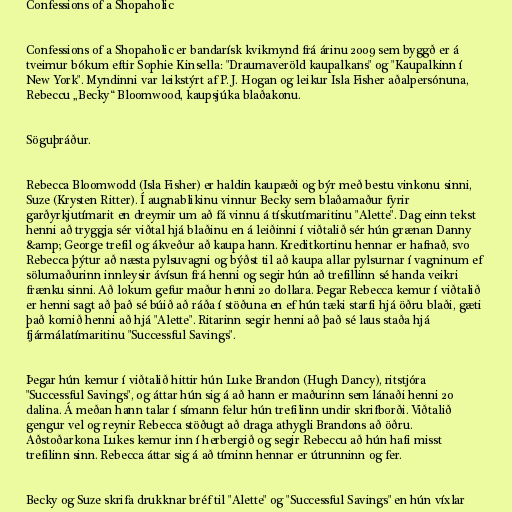
Confessions of a Shopaholic

Confessions of a Shopaholic er bandarísk kvikmynd frá árinu 2009 sem byggð er á
tveimur bókum eftir Sophie Kinsella: "Draumaveröld kaupalkans" og "Kaupalkinn í
New York". Myndinni var leikstýrt af P. J. Hogan og leikur Isla Fisher aðalpersónuna,
Rebeccu „Becky“ Bloomwood, kaupsjúka blaðakonu.

Söguþráður.

Rebecca Bloomwodd (Isla Fisher) er haldin kaupæði og býr með bestu vinkonu sinni,
Suze (Krysten Ritter). Í augnablikinu vinnur Becky sem blaðamaður fyrir
garðyrkjutímarit en dreymir um að fá vinnu á tískutímaritinu "Alette". Dag einn tekst
henni að tryggja sér viðtal hjá blaðinu en á leiðinni í viðtalið sér hún grænan Danny
&amp; George trefil og ákveður að kaupa hann. Kreditkortinu hennar er hafnað, svo
Rebecca þýtur að næsta pylsuvagni og býðst til að kaupa allar pylsurnar í vagninum ef
sölumaðurinn innleysir ávísun frá henni og segir hún að trefillinn sé handa veikri
frænku sinni. Að lokum gefur maður henni 20 dollara. Þegar Rebecca kemur í viðtalið
er henni sagt að það sé búið að ráða í stöðuna en ef hún tæki starfi hjá öðru blaði, gæti
það komið henni að hjá "Alette". Ritarinn segir henni að það sé laus staða hjá
fjármálatímaritinu "Successful Savings".

Þegar hún kemur í viðtalið hittir hún Luke Brandon (Hugh Dancy), ritstjóra
"Successful Savings", og áttar hún sig á að hann er maðurinn sem lánaði henni 20
dalina. Á meðan hann talar í símann felur hún trefilinn undir skrifborði. Viðtalið
gengur vel og reynir Rebecca stöðugt að draga athygli Brandons að öðru.
Aðstoðarkona Lukes kemur inn í herbergið og segir Rebeccu að hún hafi misst
trefilinn sinn. Rebecca áttar sig á að tíminn hennar er útrunninn og fer.

Becky og Suze skrifa drukknar bréf til "Alette" og "Successful Savings" en hún víxlar